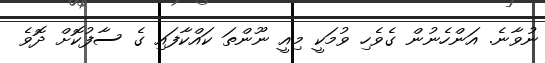
ނުވާނެ. އަންހެނުން ގެވެހި ވުމަކީ މިއީ ނޫންތަ ކައްކާފައި ގެ ސާފުކޮށް ދޮވެ